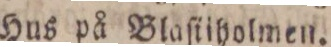
Hus på Blaſtiholmen.